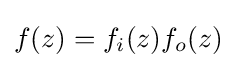
f(z)=f_{i}(z)f_{o}(z)